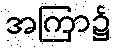
အကြာ၌